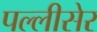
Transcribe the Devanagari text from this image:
पल्लीसेर